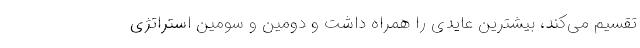
تقسیم می‌کند، بیشترین عایدی را همراه داشت و دومین و سومین استراتژی